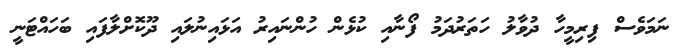
ނަމަވެސް ފިރިމީހާ ދުވާލު ހަތަރުދަމު ފޯނާއި ކުޅެން ހުންނައިރު އަޅައިނުލައި ދޫކޮށްލާފައި ބަހައްޓަނީ